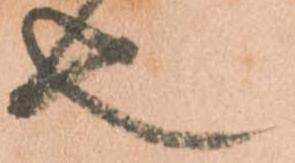
也